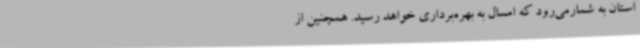
استان به شمارمی‌رود که امسال به بهره‌برداری خواهد رسید. همچنین از